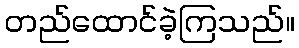
တည်ထောင်ခဲ့ကြသည်။